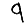
Digit: 9